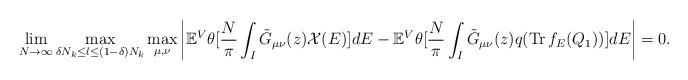
LaTeX: \begin{align*} \lim_{N \rightarrow \infty} \max_{\delta N_k \leq l \leq (1-\delta)N_k } \max_{\mu, \nu} \left \vert \mathbb{E}^V \theta[\frac{N}{\pi}\int_{I} \tilde{G}_{\mu \nu}(z) \mathcal{X}(E)] dE-\mathbb{E}^V \theta[\frac{N}{\pi} \int_{I} \tilde{G}_{\mu \nu}(z)q(\operatorname{Tr}f_E(Q_1))]dE \right\vert =0.\end{align*}